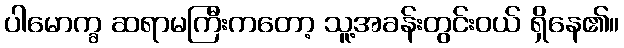
ပါမောက္ခ ဆရာမကြီးကတော့ သူ့အခန်းတွင်းဝယ် ရှိနေ၏။